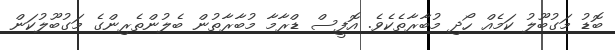
ބޮޑު މަގުބޫލު ކަމެއް ހޯދި މުބާރާތެކެވެ. އޮފީސް ޑްރާމާ މުބާރާތުން ބެލުންތެރިންގެ މަގުބޫލުކަން